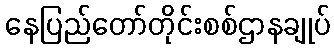
နေပြည်တော်တိုင်းစစ်ဌာနချုပ်